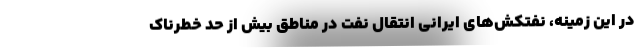
در این زمینه، نفتکش‌های ایرانی انتقال نفت در مناطق بیش از حد خطرناک